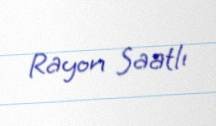
Rayon Saatlı